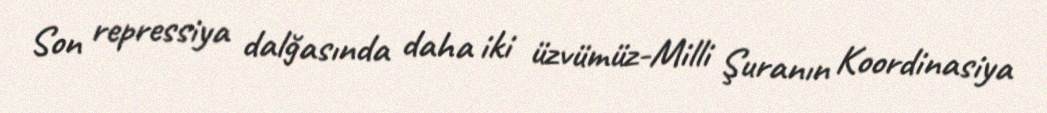
Son repressiya dalğasında daha iki üzvümüz-Milli Şuranın Koordinasiya